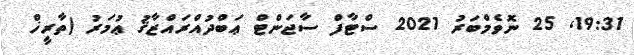
19:31